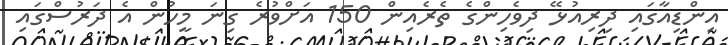
އިންޑިއާގައި ދިރިއުޅޭ ދިވެހިންގެ ތެރެއިން 150 އަށްވުރެ ގިނަ މީހުން އެ ދަރުސްގައި